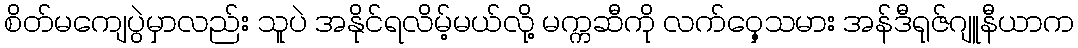
စိတ်မကျေပွဲမှာလည်း သူပဲ အနိုင်ရလိမ့်မယ်လို့ မက္ကဆီကို လက်ဝှေ့သမား အန်ဒီရုဇ်ဂျူနီယာက